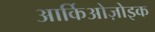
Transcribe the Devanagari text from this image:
आर्किओज़ोइक